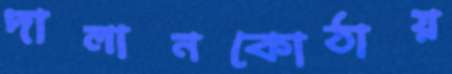
দালানকোঠায়